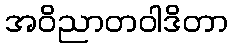
အဝိညာတဝါဒိတာ